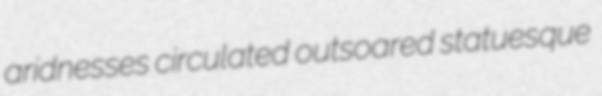
aridnesses circulated outsoared statuesque